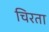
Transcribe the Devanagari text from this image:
चिरता